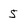
Character: 5